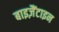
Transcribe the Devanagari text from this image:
बाइज़ैंटाइन